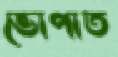
ভোপাত